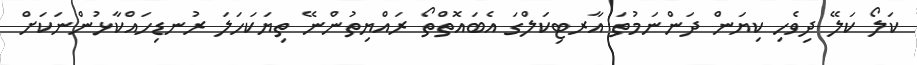
ކަލޯ ކަލޭ ދިވެހި ކިޔަން ދަންނަމުތަ އާރޓިކަލްގަ އެބައޮތްތޯ ރައްޔިތުންނޭ ތިޔަކަހަލަ ރުނޑިހައްކާޅުންނަކަށް